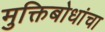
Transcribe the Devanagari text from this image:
मुक्तिबोधांचा